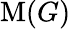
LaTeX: \operatorname{M}(G)